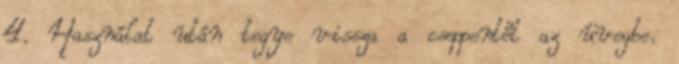
4. Használat után tegye vissza a cseppentőt az üvegbe.